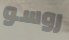
روسو